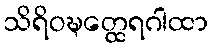
သိရိဝဍ္ဎတ္ထေရဂါထာ